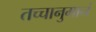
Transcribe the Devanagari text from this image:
तच्चानुमानं